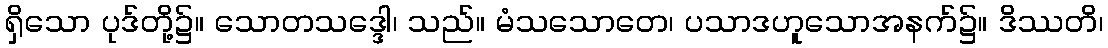
ရှိသော ပုဒ်တို့၌။ သောတသဒ္ဒေါ၊ သည်။ မံသသောတေ၊ ပသာဒဟူသောအနက်၌။ ဒိဿတိ၊